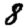
Digit: 8